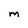
Character: M